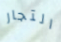
التجار